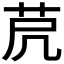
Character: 𦭀